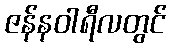
ဇန်နဝါရီလတွင်